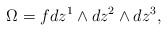
\begin{align*} \Omega = f dz^1 \wedge dz^2 \wedge dz^3,\end{align*}